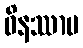
ဝိနဿာမ